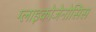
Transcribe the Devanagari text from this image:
ग्लाइकोजेनोसिस